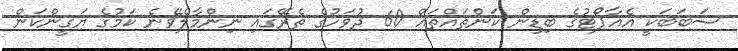
ސަބަބަކީ އެއާޕޯޓުގެ ބިޑިން ކަންތައްތައް 60 ދުވަހުގެ ތެރޭގައި ނިންމާލެވޭނެ ކަމުގެ ޔަގީންކަން